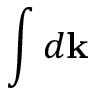
\int d \bf k